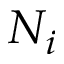
N _ { i }